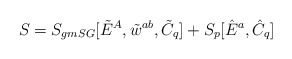
\begin{align*} S = S_{gmSG}[\tilde{E}^A,\tilde{w}^{ab}, \tilde{C}_q] + S_{p}[\hat{E}^a, \hat{C}_q] \;\end{align*}